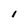
Character: 1